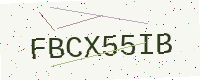
Text: FBCX55IB